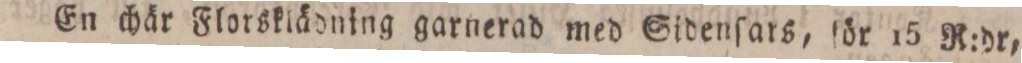
En chär Florsklädning garnerad med Sidenſars, för 15 R:dr,